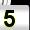
Digit: 5